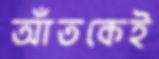
আঁতকেই